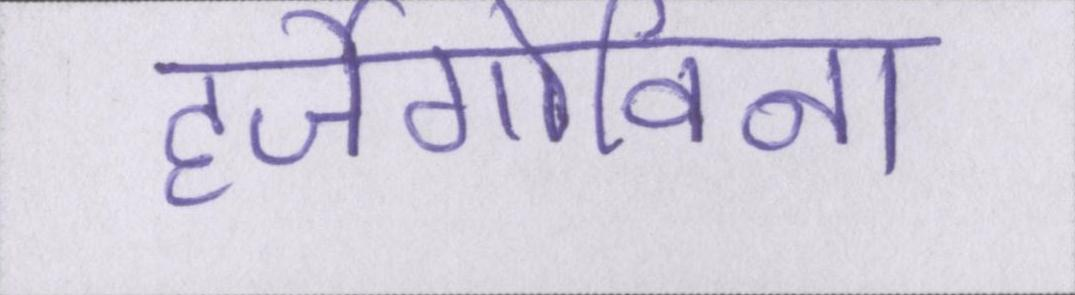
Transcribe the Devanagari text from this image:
हर्जेगोविना